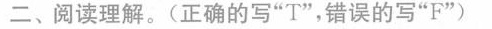
二、阅读理解.(正确的写"T",错误的写"F")